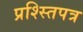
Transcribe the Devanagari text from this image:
प्रश्स्तिपत्र